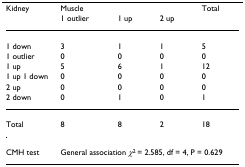
| Kidney | Muscle |  |  | Total |
 |  | 1 outlier | 1 up | 2 up |  |
 | --- | --- | --- | --- | --- |
 | 1 down | 3 | 1 | 1 | 5 |
 | 1 outlier | 0 | 0 | 0 | 0 |
 | 1 up | 5 | 6 | 1 | 12 |
 | 1 up 1 down | 0 | 0 | 0 | 0 |
 | 2 up | 0 | 0 | 0 | 0 |
 | 2 down | 0 | 1 | 0 | 1 |
 | Total | 8 | 8 | 2 | 18 |
 | CMH test | <COLSPAN=4> General association χ2 = 2.585, df = 4, P = 0.629 |